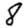
Digit: 8